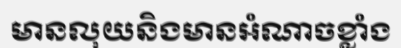
មានលុយនិងមានអំណាចខ្លាំង